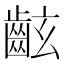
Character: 𪗰